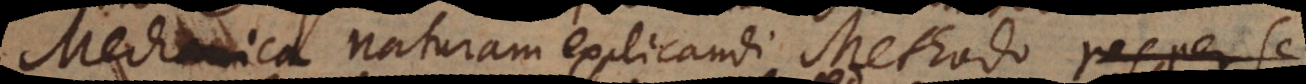
Mechanica naturam explicandi Methodo res per se